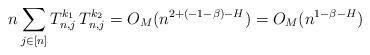
LaTeX: \begin{align*} n\sum_{j\in[n]} T^{k_1}_{n,j}\, T^{k_2}_{n,j} =O_M(n^{2+(-1-\beta)-H}) =O_M(n^{1-\beta-H})\end{align*}